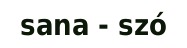
sana - szó